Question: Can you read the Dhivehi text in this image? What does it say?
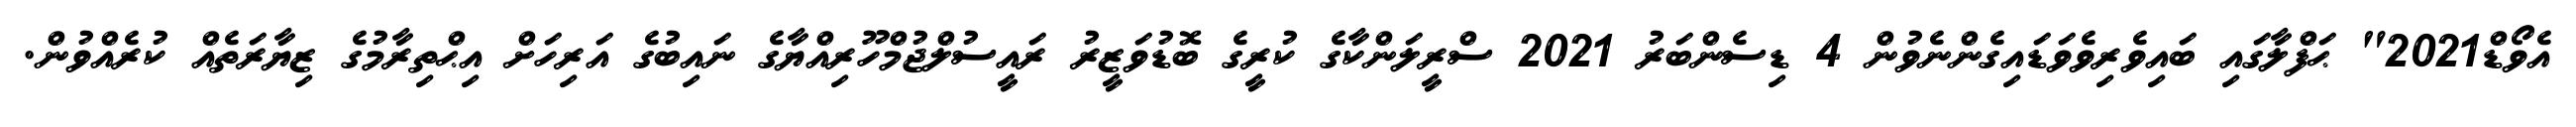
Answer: އެވޯޑް2021" ޙަފްލާގައި ބައިވެރިވެވަޑައިގެންނެވުން 4 ޑިސެންބަރު 2021 ސްރީލަންކާގެ ކުރީގެ ބޮޑުވަޒީރު ރައީސުލްޖުމްހޫރިއްޔާގެ ނައިބުގެ އަރިހަށް އިޙްތިރާމުގެ ޒިޔާރަތެއް ކުރެއްވުން.